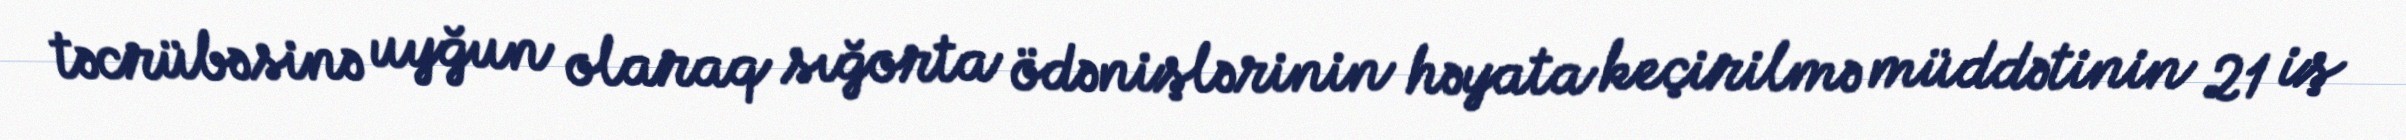
təcrübəsinə uyğun olaraq sığorta ödənişlərinin həyata keçirilmə müddətinin 21 iş